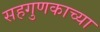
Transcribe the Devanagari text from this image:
सहगुणकाच्या